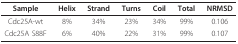
<table><thead><tr><td><b>Sample</b></td><td><b>Helix</b></td><td><b>Strand</b></td><td><b>Turns</b></td><td><b>Coil</b></td><td><b>Total</b></td><td><b>NRMSD</b></td></tr></thead><tbody><tr><td>Cdc25A-wt</td><td>8%</td><td>34%</td><td>23%</td><td>34%</td><td>99%</td><td>0.106</td></tr><tr><td>Cdc25A S88F</td><td>6%</td><td>40%</td><td>22%</td><td>31%</td><td>99%</td><td>0.107</td></tr></tbody></table>